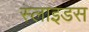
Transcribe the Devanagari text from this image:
स्‍लाइडस